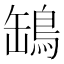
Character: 𦉓